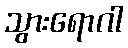
သွားရောဂါ